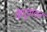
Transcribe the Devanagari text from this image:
वेणुवादन